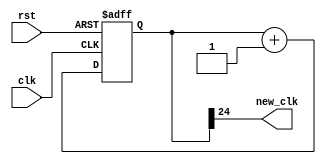
module clock_divider(
	input clk, rst,
	output new_clk
	);
	
	parameter N = 25;
	reg [N-1:0] reg_q;
	wire [N-1:0] q_next;
	
	always @ (posedge clk, posedge rst)
		begin
			if (rst)
				reg_q <= 0;
			else
				reg_q <= q_next;
		end
		
	assign q_next = reg_q + 1'b1;
	
	assign new_clk = reg_q[N-1];
	
endmodule